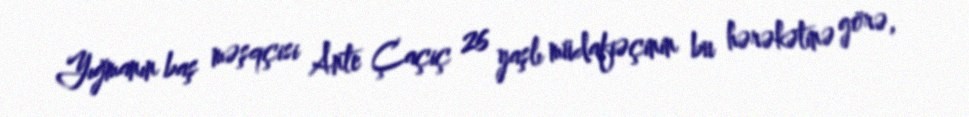
Yığmanın baş məşqçisi Ante Çaçiç 26 yaşlı müdafiəçinin bu hərəkətinə görə,